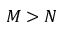
M > N